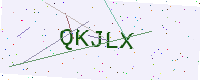
Text: QKJLX